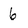
Character: 6